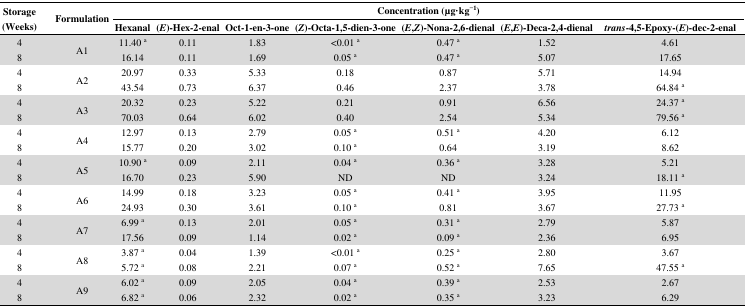
<table><thead><tr><td rowspan="2"><b>Storage (Weeks)</b></td><td rowspan="2"><b>Formulation</b></td><td colspan="7"><b>Concentration (μg·kg<sup>−1</sup>)</b></td></tr><tr><td><b>Hexanal</b></td><td><b>(<i>E</i>)-Hex-2-enal</b></td><td><b>Oct-1-en-3-one</b></td><td><b>(<i>Z</i>)-Octa-1,5-dien-3-one</b></td><td><b>(<i>E</i>,<i>Z</i>)-Nona-2,6-dienal</b></td><td><b>(<i>E</i>,<i>E</i>)-Deca-2,4-dienal</b></td><td><b><i>trans</i>-4,5-Epoxy-(<i>E</i>)-dec-2-enal</b></td></tr></thead><tbody><tr><td>4</td><td rowspan="2">A1</td><td>11.40 <sup>a</sup></td><td>0.11</td><td>1.83</td><td>&lt;0.01 <sup>a</sup></td><td>0.47 <sup>a</sup></td><td>1.52</td><td>4.61</td></tr><tr><td>8</td><td>16.14</td><td>0.11</td><td>1.69</td><td>0.05 <sup>a</sup></td><td>0.47 <sup>a</sup></td><td>5.07</td><td>17.65</td></tr><tr><td>4</td><td rowspan="2">A2</td><td>20.97</td><td>0.33</td><td>5.33</td><td>0.18</td><td>0.87</td><td>5.71</td><td>14.94</td></tr><tr><td>8</td><td>43.54</td><td>0.73</td><td>6.37</td><td>0.46</td><td>2.37</td><td>3.78</td><td>64.84 <sup>a</sup></td></tr><tr><td>4</td><td rowspan="2">A3</td><td>20.32</td><td>0.23</td><td>5.22</td><td>0.21</td><td>0.91</td><td>6.56</td><td>24.37 <sup>a</sup></td></tr><tr><td>8</td><td>70.03</td><td>0.64</td><td>6.02</td><td>0.40</td><td>2.54</td><td>5.34</td><td>79.56 <sup>a</sup></td></tr><tr><td>4</td><td rowspan="2">A4</td><td>12.97</td><td>0.13</td><td>2.79</td><td>0.05 <sup>a</sup></td><td>0.51 <sup>a</sup></td><td>4.20</td><td>6.12</td></tr><tr><td>8</td><td>15.77</td><td>0.20</td><td>3.02</td><td>0.10 <sup>a</sup></td><td>0.64</td><td>3.19</td><td>8.62</td></tr><tr><td>4</td><td rowspan="2">A5</td><td>10.90 <sup>a</sup></td><td>0.09</td><td>2.11</td><td>0.04 <sup>a</sup></td><td>0.36 <sup>a</sup></td><td>3.28</td><td>5.21</td></tr><tr><td>8</td><td>16.70</td><td>0.23</td><td>5.90</td><td>ND</td><td>ND</td><td>3.24</td><td>18.11 <sup>a</sup></td></tr><tr><td>4</td><td rowspan="2">A6</td><td>14.99</td><td>0.18</td><td>3.23</td><td>0.05 <sup>a</sup></td><td>0.41 <sup>a</sup></td><td>3.95</td><td>11.95</td></tr><tr><td>8</td><td>24.93</td><td>0.30</td><td>3.61</td><td>0.10 <sup>a</sup></td><td>0.81</td><td>3.67</td><td>27.73 <sup>a</sup></td></tr><tr><td>4</td><td rowspan="2">A7</td><td>6.99 <sup>a</sup></td><td>0.13</td><td>2.01</td><td>0.05 <sup>a</sup></td><td>0.31 <sup>a</sup></td><td>2.79</td><td>5.87</td></tr><tr><td>8</td><td>17.56</td><td>0.09</td><td>1.14</td><td>0.02 <sup>a</sup></td><td>0.09 <sup>a</sup></td><td>2.36</td><td>6.95</td></tr><tr><td>4</td><td rowspan="2">A8</td><td>3.87 <sup>a</sup></td><td>0.04</td><td>1.39</td><td>&lt;0.01 <sup>a</sup></td><td>0.25 <sup>a</sup></td><td>2.80</td><td>3.67</td></tr><tr><td>8</td><td>5.72 <sup>a</sup></td><td>0.08</td><td>2.21</td><td>0.07 <sup>a</sup></td><td>0.52 <sup>a</sup></td><td>7.65</td><td>47.55 <sup>a</sup></td></tr><tr><td>4</td><td rowspan="2">A9</td><td>6.02 <sup>a</sup></td><td>0.09</td><td>2.05</td><td>0.04 <sup>a</sup></td><td>0.39 <sup>a</sup></td><td>2.53</td><td>2.67</td></tr><tr><td>8</td><td>6.82 <sup>a</sup></td><td>0.06</td><td>2.32</td><td>0.02 <sup>a</sup></td><td>0.35 <sup>a</sup></td><td>3.23</td><td>6.29</td></tr></tbody></table>